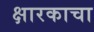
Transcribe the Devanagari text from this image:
क्षारकाचा